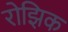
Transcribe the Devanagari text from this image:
रोझिक